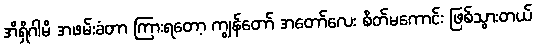
အိရှိဂါမိ အဖမ်းခံတာ ကြားရတော့ ကျွန်တော် အတော်လေး စိတ်မကောင်း ဖြစ်သွားတယ်